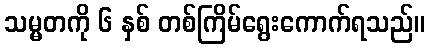
သမ္မတကို ၆ နှစ် တစ်ကြိမ်ရွေးကောက်ရသည်။